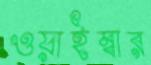
ওয়াইম্বার